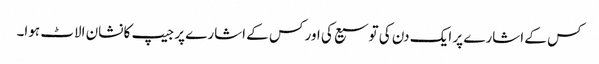
کس کے اشارے پر ایک دن کی توسیع کی اور کس کے اشارے پر جیپ کا نشان الاٹ ہوا۔